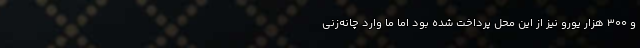
و 300 هزار یورو نیز از این محل پرداخت شده بود اما ما وارد چانه‌زنی